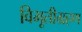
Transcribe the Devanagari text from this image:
विभूतीग्रहण